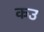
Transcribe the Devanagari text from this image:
कउ